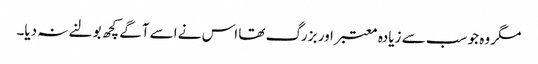
مگر وہ جو سب سے زیادہ معتبر اور بزرگ تھا اس نے اسے آگے کچھ بولنے نہ دیا۔